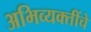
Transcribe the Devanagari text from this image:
अभिव्यक्तींचे